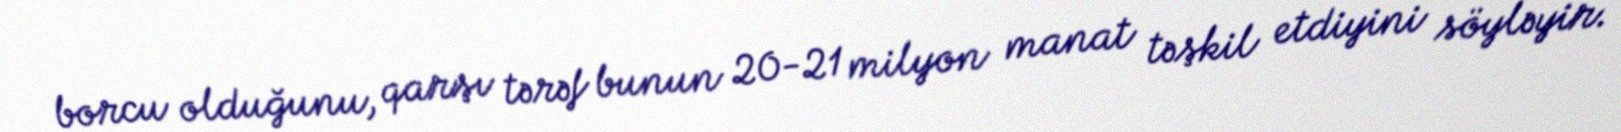
borcu olduğunu, qarşı tərəf bunun 20-21 milyon manat təşkil etdiyini söyləyir.